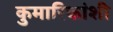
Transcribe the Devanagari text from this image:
कुमारिकांशी